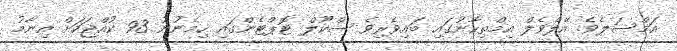
އަމްސަލެވެ. އޭލެވެލް އިމްތިހާނުގައި ބައިވެރިވެ ސްކޫލް ޓޮޕްޓެންގައި ހިމެނުނު 93 ކުއްޖަކަށް އިނާމު